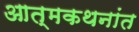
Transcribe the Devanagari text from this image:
आत्मकथनांत